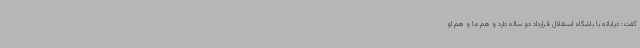
گفت: دیاباته با باشگاه استقلال قرارداد دو ساله دارد و هم ما و هم او